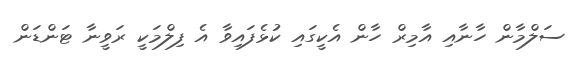
ސަލްމާން ހާނާއި އާމިރް ހާން އެކީގައި ކުޅެފައިވާ އެ ފިލްމަކީ ރަވީނާ ޓަންޑަން